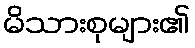
မိသားစုများ၏